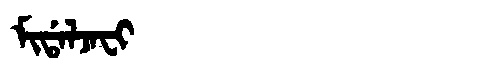
Manchu: ᠮᡳᡩᠠᠯᠵᠠᠸᡳ
Romanization: MIDALJAFI